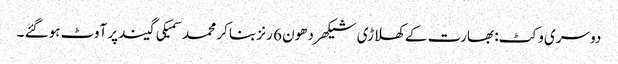
دوسری وکٹ: بھارت کے کھلاڑی شیکھر دھون 6 رنز بنا کر محمد سمیکی گیند پر آوٹ ہوگئے ۔